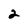
Character: 2